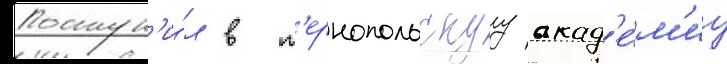
Поступ'и́л в т'ернопольскуу акад'е́м'иу